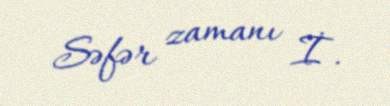
Səfər zamanı İ.